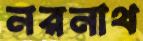
নরনাথ